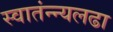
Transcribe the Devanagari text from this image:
स्वातंन्न्यलढा